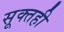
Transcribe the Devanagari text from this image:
सूक्तही